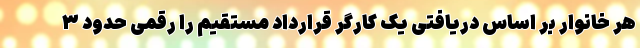
هر خانوار بر اساس دریافتی یک کارگر قرارداد مستقیم را رقمی حدود ۳